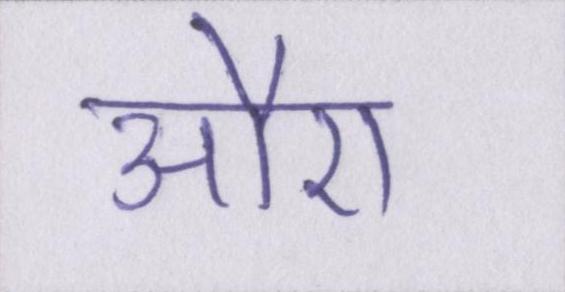
औए